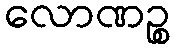
လောဏဉ္စ